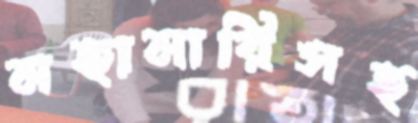
মহামারিসহ